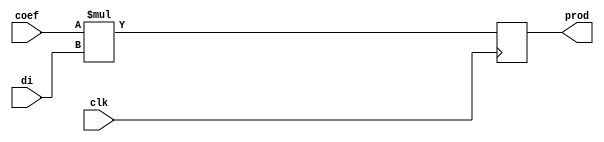
module multi(
	input wire clk,
	input wire [15:0] coef,
	input wire [15:0] di,
	output reg [31:0] prod
);
	always @(posedge clk) begin
		prod <= coef * di; 
	end
	
endmodule